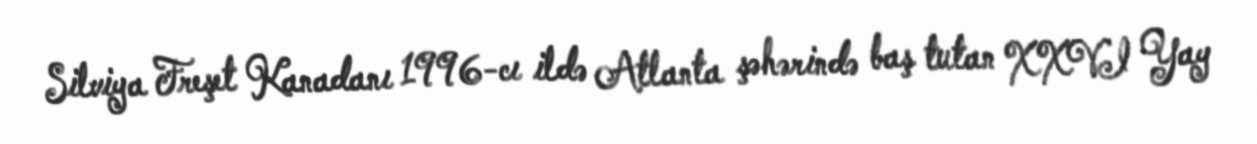
Silviya Freşet Kanadanı 1996-cı ildə Atlanta şəhərində baş tutan XXVI Yay